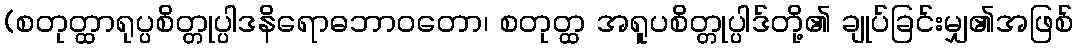
(စတုတ္ထာရုပ္ပစိတ္တုပ္ပါဒနိရောဓဘာဝတော၊ စတုတ္ထ အရူပစိတ္တုပ္ပါဒ်တို့၏ ချုပ်ခြင်းမျှ၏အဖြစ်